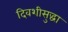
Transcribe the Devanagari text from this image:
दिवशीसुद्धा